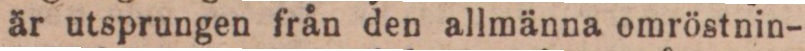
är utsprungen från den allmänna omröstnin-